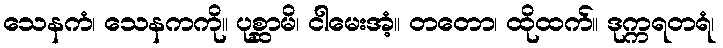
သေနကံ၊ သေနကကို။ ပုစ္ဆာမိ၊ ငါမေးအံ့။ တတော၊ ထိုထက်။ ဒုက္ကရတရံ၊